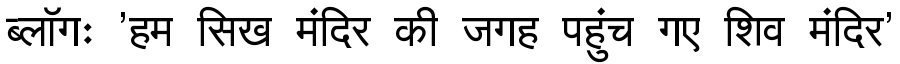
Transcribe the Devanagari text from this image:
ब्लॉगः 'हम सिख मंदिर की जगह पहुंच गए शिव मंदिर'